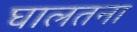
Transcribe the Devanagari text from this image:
घालतना